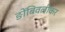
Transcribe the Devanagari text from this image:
ङोंबिवलीकर